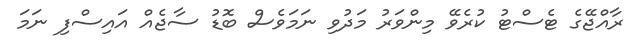
ރާއްޖޭގެ ޓެސްޓު ކުރެވޭ މިންވަރު މަދުވި ނަމަވެސް ބޮޑު ސާޖެއް އައިސްފި ނަމަ